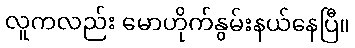
လူကလည်း မောဟိုက်နွမ်းနယ်နေပြီ။